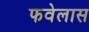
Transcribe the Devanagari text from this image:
फवेलास